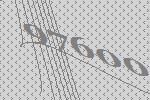
97600